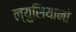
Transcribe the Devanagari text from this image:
ल्युसियानो